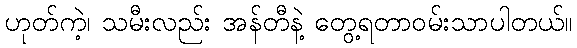
ဟုတ်ကဲ့၊ သမီးလည်း အန်တီနဲ့ တွေ့ရတာဝမ်းသာပါတယ်။